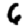
Digit: 6